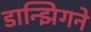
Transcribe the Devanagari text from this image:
डान्झिगने